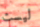
ليست